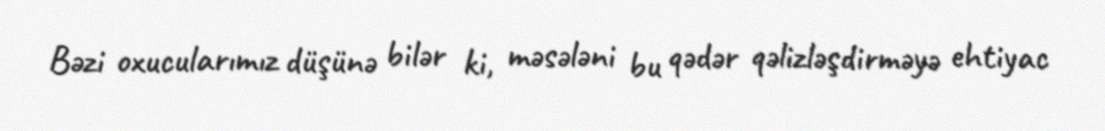
Bəzi oxucularımız düşünə bilər ki, məsələni bu qədər qəlizləşdirməyə ehtiyac